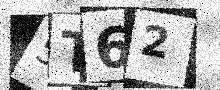
Text: 5T62